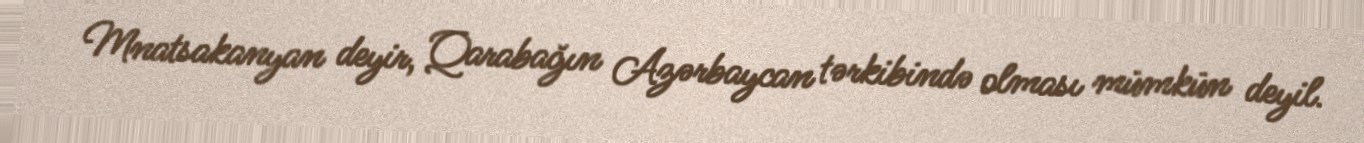
Mnatsakanyan deyir, Qarabağın Azərbaycan tərkibində olması mümkün deyil.